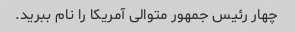
چهار رئیس جمهور متوالی آمریکا را نام ببرید.